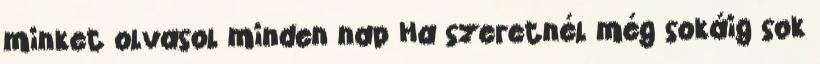
minket olvasol minden nap Ha szeretnél még sokáig sok